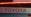
toyota